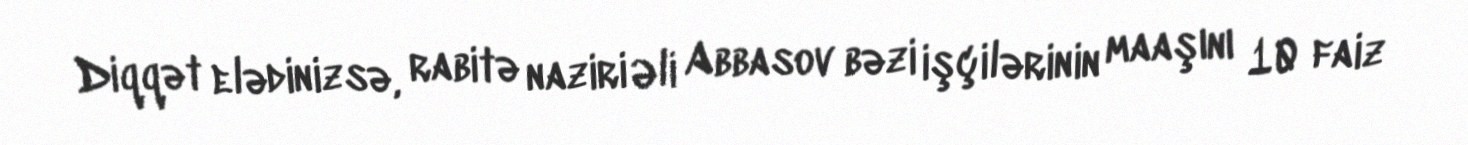
Diqqət elədinizsə, rabitə naziri Əli Abbasov bəzi işçilərinin maaşını 10 faiz